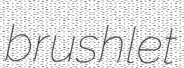
brushlet